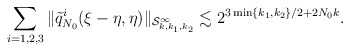
\begin{align*}\sum_{i=1,2,3}\|\tilde{q}_{N_0}^i(\xi-\eta, \eta)\|_{\mathcal{S}^\infty_{k,k_1,k_2}}\lesssim 2^{3\min\{k_1,k_2\}/2 + 2N_0 k}. \end{align*}